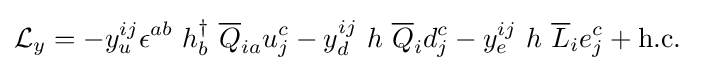
{\mathcal {L}}_{y}=-y_{u}^{ij}\epsilon ^{ab}\ h_{b}^{\dagger }\ {\overline {Q}}_{ia}u_{j}^{c}-y_{d}^{ij}\ h\ {\overline {Q}}_{i}d_{j}^{c}-y_{e}^{ij}\ h\ {\overline {L}}_{i}e_{j}^{c}+\mathrm {h.c.} ~